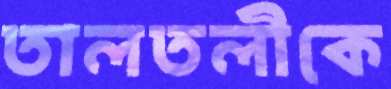
তালতলীকে